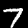
Digit: 7